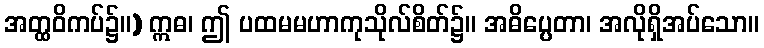
အတ္ထဝိကပ်၌။) ဣဓ၊ ဤ ပထမမဟာကုသိုလ်စိတ်၌။ အဓိပ္ပေတာ၊ အလိုရှိအပ်သော။